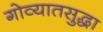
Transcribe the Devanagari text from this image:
गोव्यातसुद्धा